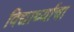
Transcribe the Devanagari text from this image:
विद्यार्थ्याचा